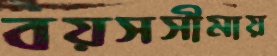
বয়সসীমায়